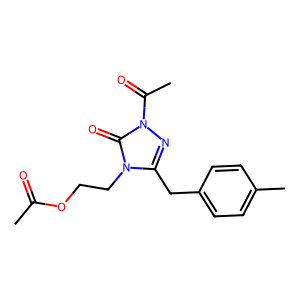
SMILES: CC(=O)OCCn1c(Cc2ccc(C)cc2)nn(C(C)=O)c1=O
Inhibits HIV replication: No